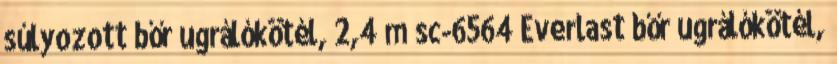
súlyozott bőr ugrálókötél, 2,4 m sc-6564 Everlast bőr ugrálókötél,